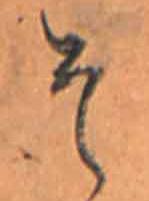
そ